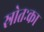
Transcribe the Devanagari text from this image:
स्रोतःका